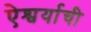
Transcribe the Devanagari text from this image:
ऐश्वर्याची